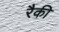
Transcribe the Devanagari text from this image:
रैकी